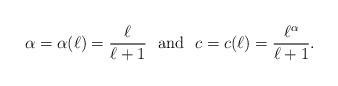
LaTeX: \begin{align*}\alpha=\alpha(\ell) = \frac{\ell}{\ell+1}~\mbox{ and }~ c=c(\ell)=\frac{\ell^\alpha}{\ell+1}.\end{align*}